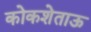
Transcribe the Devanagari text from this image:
कोकशेताऊ